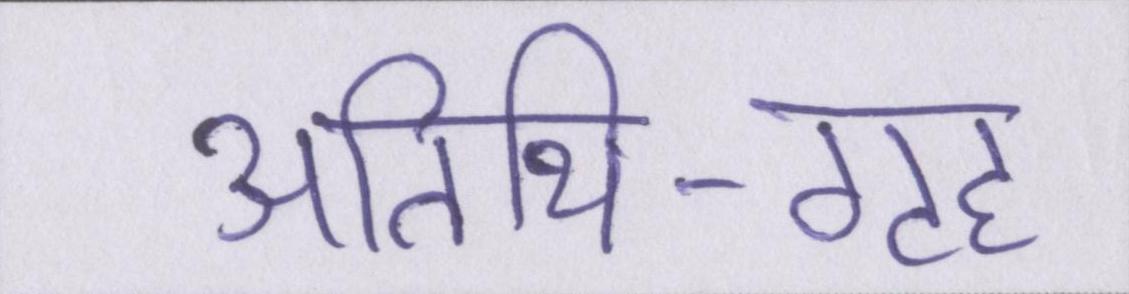
अतिथि-गृह